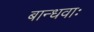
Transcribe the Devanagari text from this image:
बान्धवाः